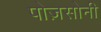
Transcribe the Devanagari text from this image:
पोज़सोनी